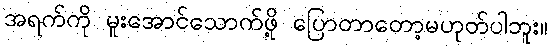
အရက်ကို မူးအောင်သောက်ဖို့ ပြောတာတော့မဟုတ်ပါဘူး။